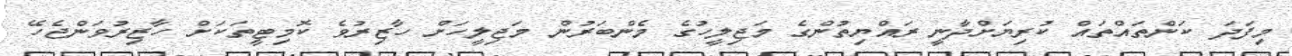
މިފަދަ ކަންތައްތައް ކުރިޔަށްދާނީ ރައްޔިތުންގެ މަޖިލީހުގެ މެންބަރުން މަޖިލީހަށް ހާޒިރުވެ ކޮމިޓީތަކަށް ހާޒިރުވަންޖެހޭ